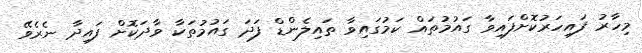
މިހާރު ފައިހަރުކޮށްފައިވާ ގައުމުތައް ކަމުގައިވާ ތައިލެންޑް ފަދަ ގައުމުތަކާ ވާދަކޮށް ފައިދާ ނެރެވޭ